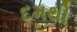
દમથી